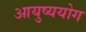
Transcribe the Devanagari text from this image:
आयुष्ययोग